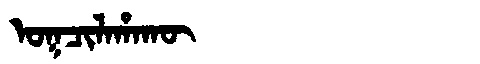
Manchu: ᠣᡴᠴᡳᠯᠠᡥᠠᡴᡡ
Romanization: OKCILAHAKŪ